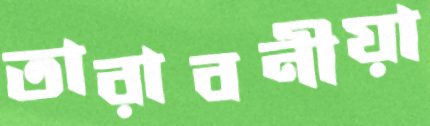
তারাবনীয়া